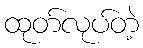
ထုတ်လုပ်တဲ့